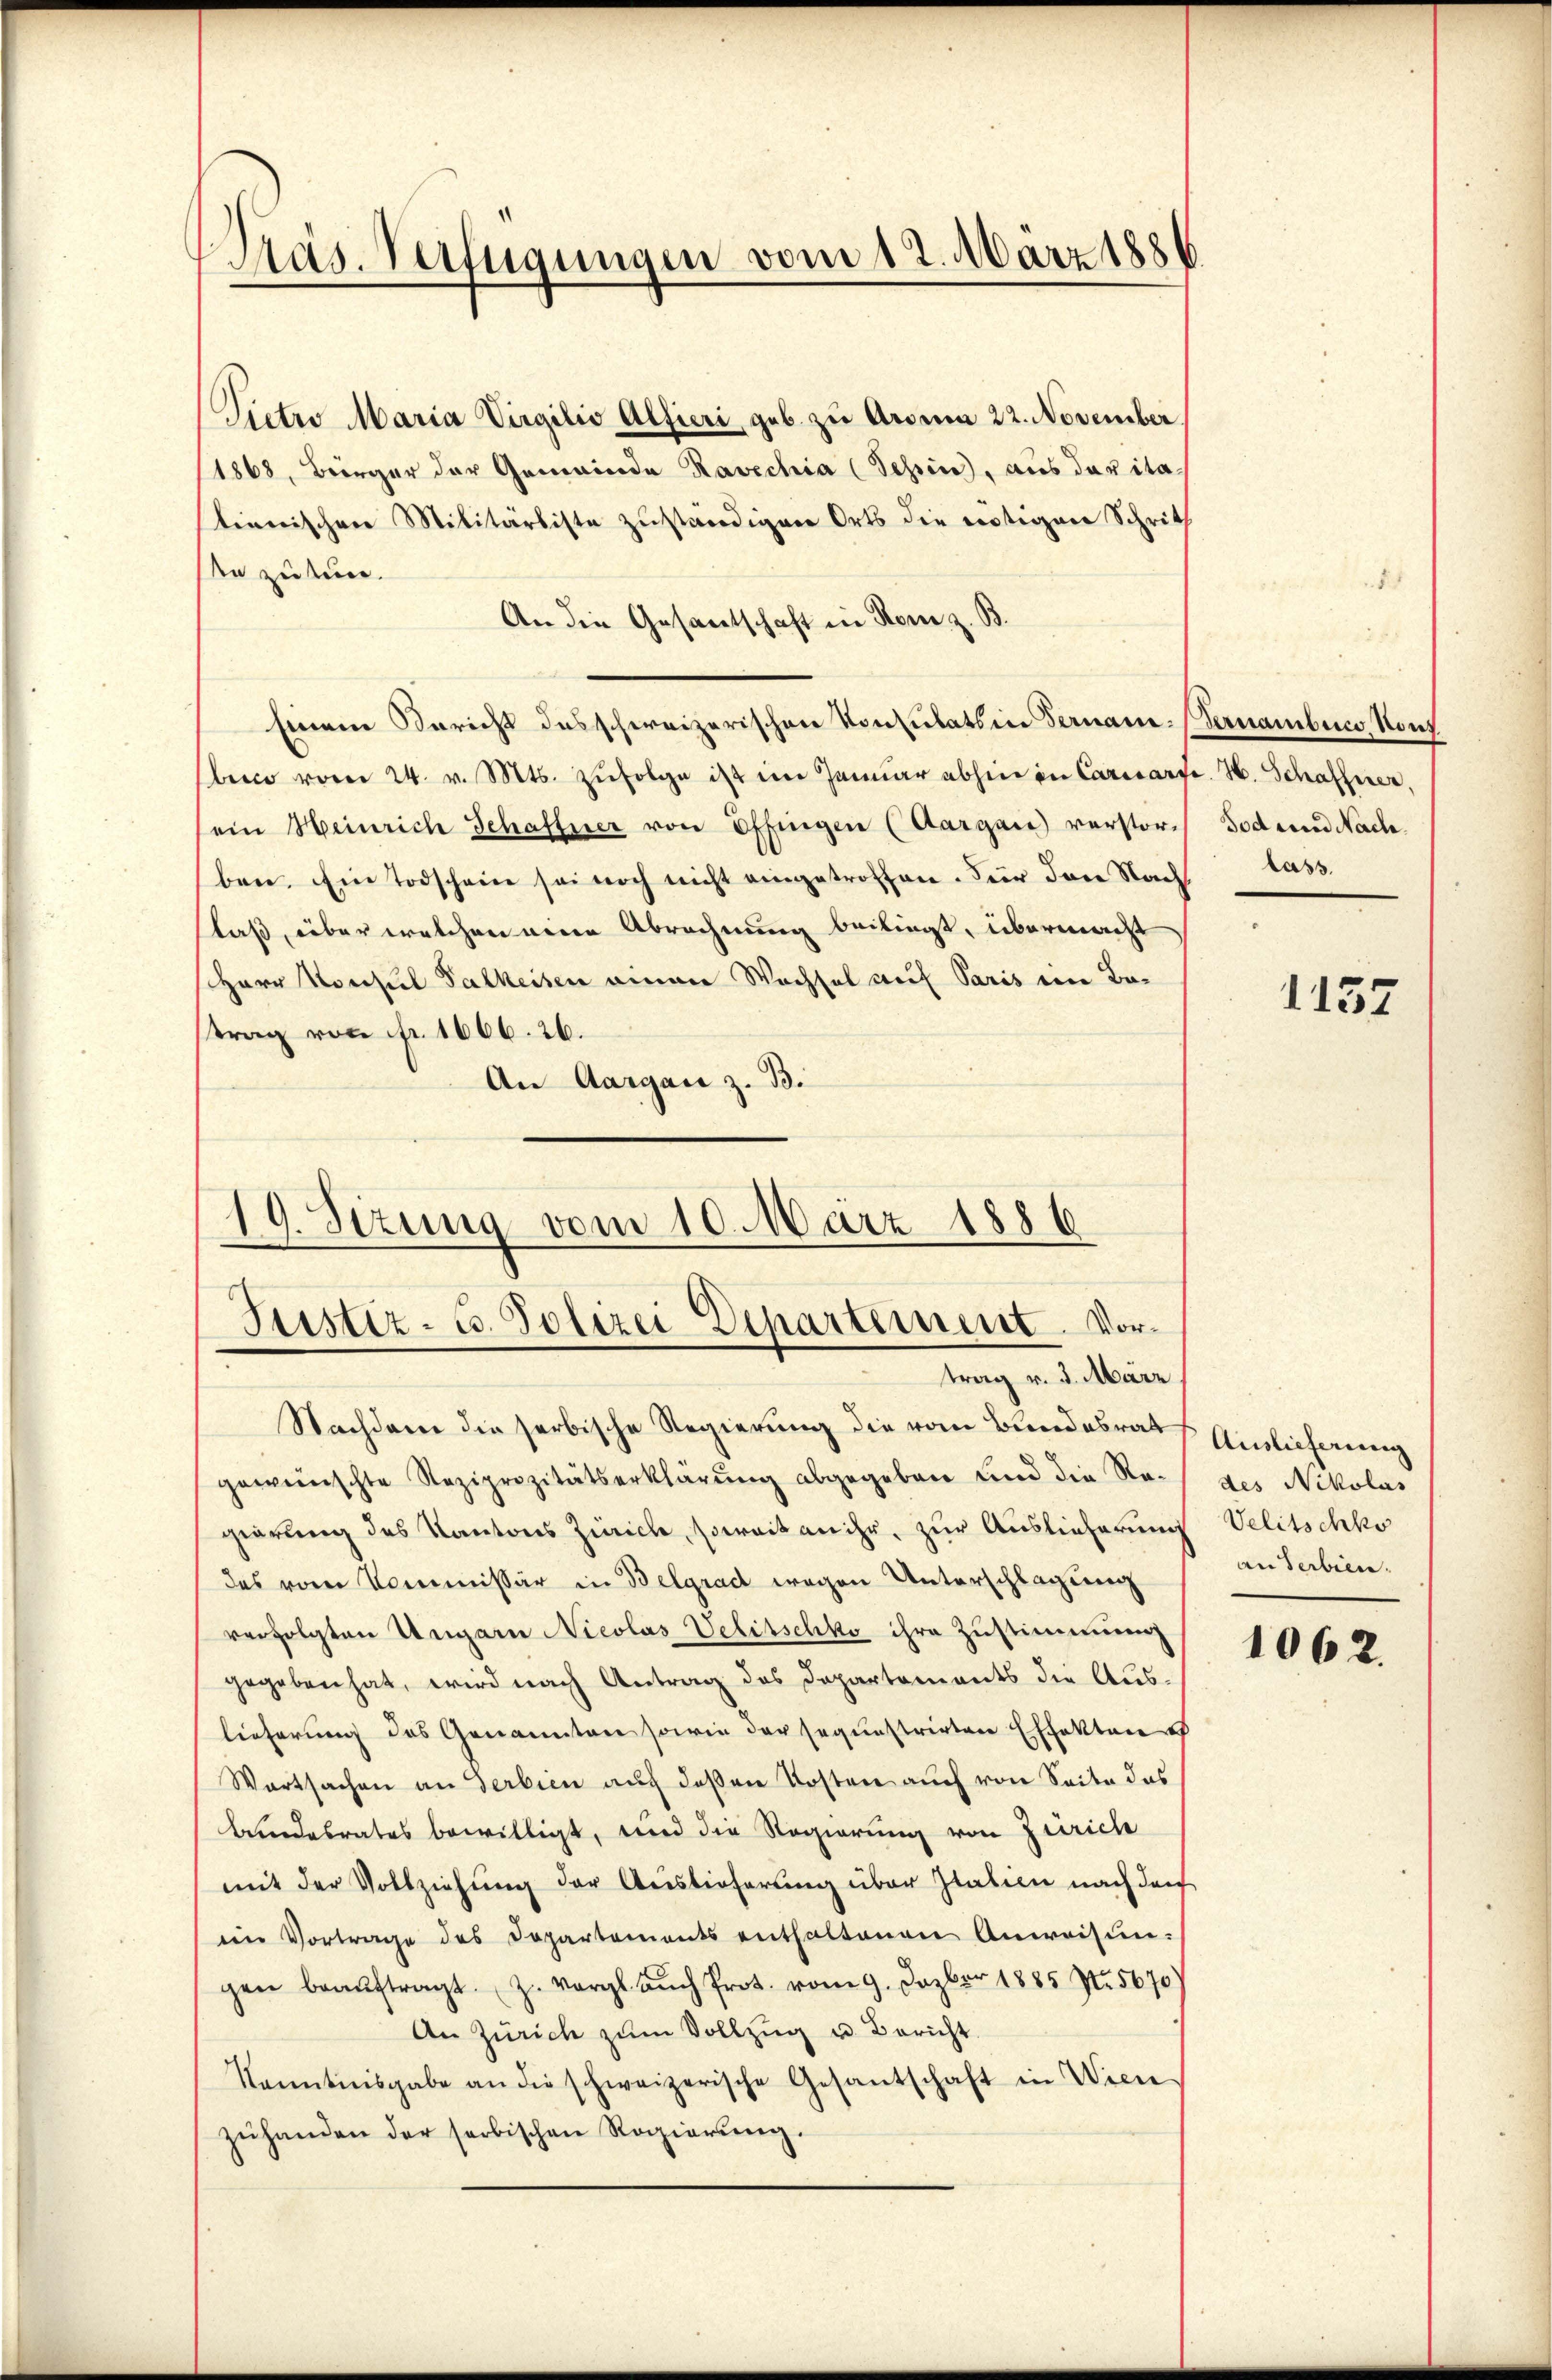
Präs. Verfügungen vom 12. März 1886

Pietro Maria Virgilio Alfieri, geb. zu Aroma 22. November
1868, Bürger der Gemeinde Ravechia (Schin, aus der ita-
stianischen Militärliste zuständigen Orts die nötigen Schritt
se zu tun.
An die Gesantschaft in Rom z. B.
Einem Bericht das schweizerischen Konsulats in Fernan-Pernambence, Konz
bence vom 24. v. Mts. zŭfolge ist im Janŭar abhin in Carisarte. H. Schafferen.
sein Heinrich Schaffner von Effingen (Aargau verstors Tod und Nach
ben. Ein Todschein sei noch nicht eingetroffen. Für den Nach lass.
slaß, über welchen eine Abrechnung beiliegt, übermacht
Herr Konsul Falkeisen einen Wechsel auf Paris ein Batrag von fr. 1666. 26.
An Aargau z. B.
19. Sizung vom 10. März 1886

Justiz- u. Polizei Departement. Vor¬
.
trag v. 3. März

Nachdem die serbische Regierung die vom Bundesrat
gewünschte Reziprizitätserklärung abgegeben und die Regierung des Kantons Zürich, soweit an ihr, zur Auslieferung
des vom Kommissär in Belgrad wegen Unterschlagung
verfolgten Ungarn Nicolas Velitschko ihre Zustimmung
gegeben hat, wird nach Antrag des Departements die Aus-
lieferung des Genannten sowie der sequestrirten Effekten
Wartsachen an Serbien auf deßen Kosten auch von Seite das
Bundesrates bewilligt, und die Regierung von Zürich
mit der Vollziehung der Auslieferung über Italien nach den
eim Vortrage des Departements enthaltenen Anweisŭn-
gen beaŭftragt. Z. vergl. Aŭch Prot. vom 9. Jazber 1885 No. 5670)
An Zürich zŭm Vollzŭg u. Bericht.
Kenntnisgabe an die schweizerische Gesantschaft in Wien
zŭhanden der serbischen Regierŭng.

1137

Auslieferung
des Nikolas
Velitschko
an Serbien.

1062.